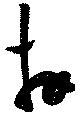
拜